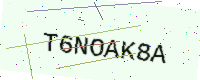
Text: T6NOAK8A